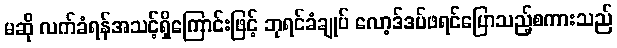
မဆို လက်ခံရန်အသင့်ရှိကြောင်းဖြင့် ဘုရင်ခံချုပ် လော့ဒ်ဒပ်ဖရင်ပြောသည့်စကားသည်